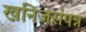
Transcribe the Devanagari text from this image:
खनिजसंपन्न